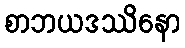
စာဘယဒဿိနော